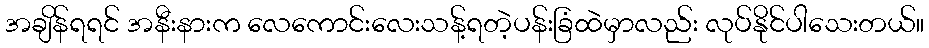
အချိန်ရရင် အနီးနားက လေကောင်းလေးသန့်ရတဲ့ပန်းခြံထဲမှာလည်း လုပ်နိုင်ပါသေးတယ်။